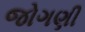
જોગણી